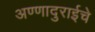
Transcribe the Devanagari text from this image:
अण्णादुराईचे